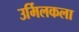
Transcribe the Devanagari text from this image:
उर्मिलकला